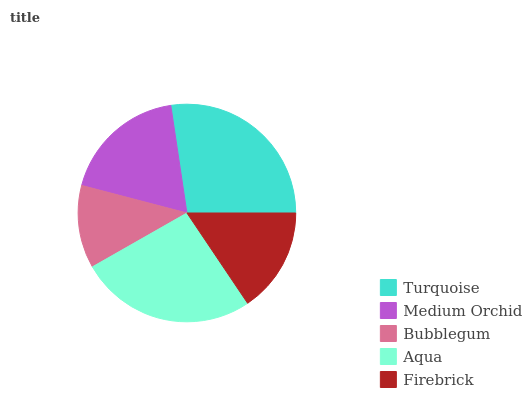
| Turquoise | Medium Orchid | Bubblegum | Aqua | Firebrick |
 | --- | --- | --- | --- | --- |
 | 27.4% | 18.6% | 12.3% | 26.1% | 15.6% |